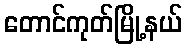
တောင်ကုတ်မြို့နယ်